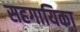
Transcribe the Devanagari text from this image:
सहगायिका